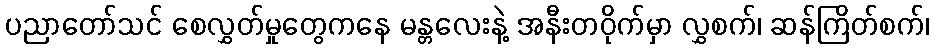
ပညာတော်သင် စေလွှတ်မှုတွေကနေ မန္တလေးနဲ့ အနီးတဝိုက်မှာ လွှစက်၊ ဆန်ကြိတ်စက်၊